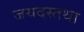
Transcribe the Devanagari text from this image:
जयदस्तथा